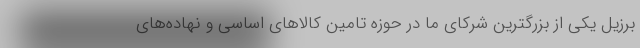
برزیل یکی از بزرگترین شرکای ما در حوزه تامین کالاهای اساسی و نهاده‌های